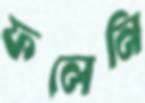
ফলেনি